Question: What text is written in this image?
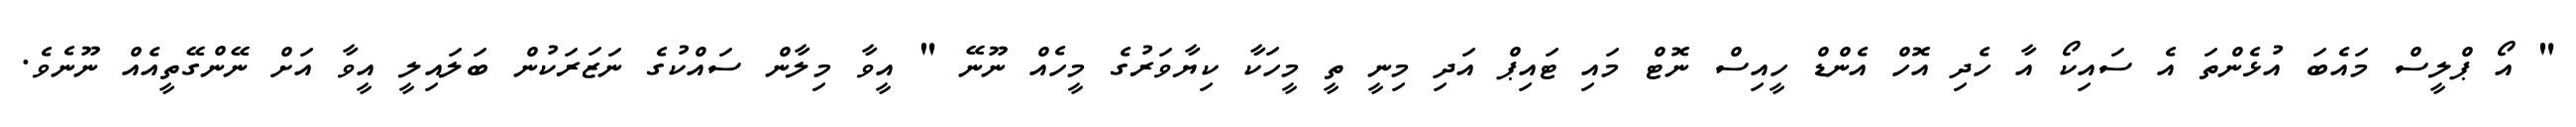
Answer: " އޯ ޕްލީސް މައެބަ އުޅެންތަ އެ ސައިކޯ އާ ހެދި އޮހް އެންޑް ހީއިސް ނޮޓް މައި ޓައިޕް އަދި މިނީ ތީ މީހަކާ ކިޔާވަރުގެ މީހެއް ނޫނޭ " އީވާ މިލާން ސައްކުގެ ނަޒަރަކުން ބަލައިލީ އީވާ އަށް ނޭންގޭތީއެއް ނޫނެވެ.